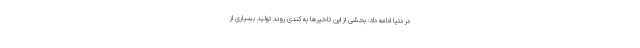
در دنیا ادامه داد: بخشی از این تاخیرها به کندی روند تولید بسیاری از